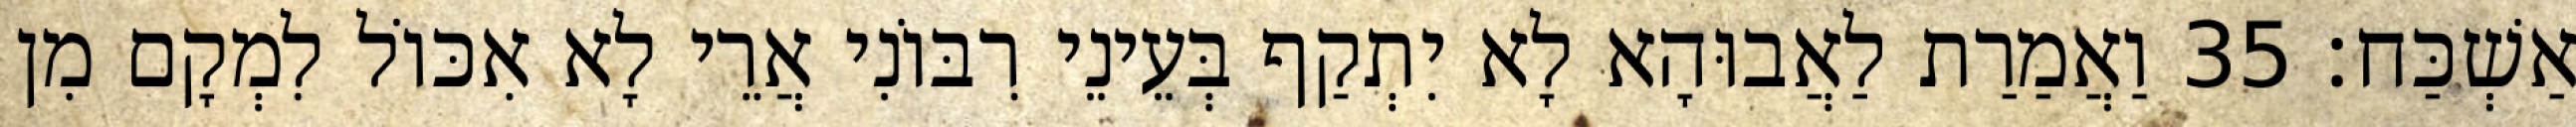
אַשְׁכַּח׃ 35 וַאֲמַרַת לַאֲבוּהָא לָא יִתְקַף בְּעֵינֵי רִבּוֹנִי אֲרֵי לָא אִכּוֹל לִמְקָם מִן